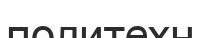
политехн